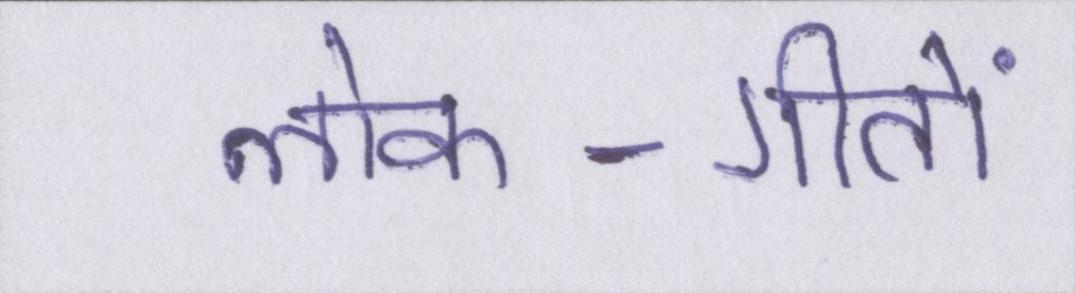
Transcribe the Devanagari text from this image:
लोक-गीतों